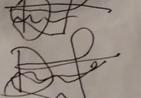
Signature authenticity: forged